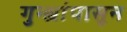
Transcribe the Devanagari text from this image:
गुन्ह्यांपासून